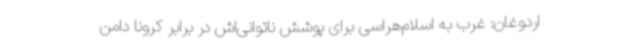
اردوغان: غرب به اسلام‌هراسی برای پوشش ناتوانی‌اش در برابر کرونا دامن